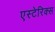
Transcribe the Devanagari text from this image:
एस्टेरिक्स